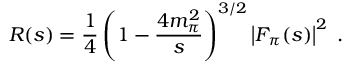
R ( s ) = { \frac { 1 } { 4 } } \left( 1 - { \frac { 4 m _ { \pi } ^ { 2 } } { s } } \right) ^ { 3 / 2 } \left| F _ { \pi } ( s ) \right| ^ { 2 } \; .